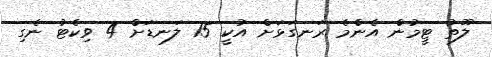
ލޫތު ޓީމުން އެންމެ ރަނގަޅަށް އުކީ 15 ލަނޑަށް 4 ވިކެޓު ނެގި